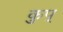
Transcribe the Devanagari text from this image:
कुप्